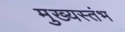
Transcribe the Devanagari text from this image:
मुख्यस्तंभ